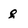
Character: g